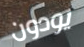
يودون